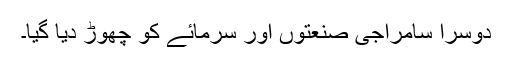
دوسرا سامراجی صنعتوں اور سرمائے کو چھوڑ دیا گیا۔